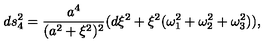
d s _ { 4 } ^ { 2 } = \frac { a ^ { 4 } } { ( a ^ { 2 } + \xi ^ { 2 } ) ^ { 2 } } ( d \xi ^ { 2 } + \xi ^ { 2 } ( \omega _ { 1 } ^ { 2 } + \omega _ { 2 } ^ { 2 } + \omega _ { 3 } ^ { 2 } ) ) ,